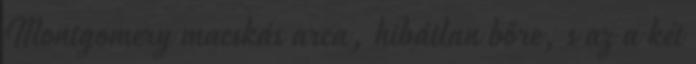
Montgomery macskás arca, hibátlan bőre, s az a két